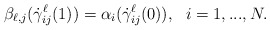
\begin{align*} \beta_{\ell,j}(\dot\gamma^\ell_{ij}(1))= \alpha_i(\dot\gamma^\ell_{ij}(0)), \ \ i= 1,...,N. \end{align*}